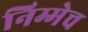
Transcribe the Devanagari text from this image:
निम्मेच